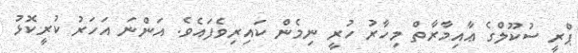
ޕްރީ ސުކޫލްގެ ޢާއިމާރާތް މިހާރު ހުރީ ނިމެން ކައިރިވެފައެވެ. އަންނަ އަހަރު ކުރީކޮޅު